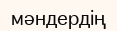
мәндердің